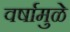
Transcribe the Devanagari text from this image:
वर्षामुळे